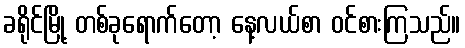
ခရိုင်မြို့ တစ်ခုရောက်တော့ နေ့လယ်စာ ဝင်စားကြသည်။